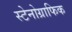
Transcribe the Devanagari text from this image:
स्टेनोग्राफिक